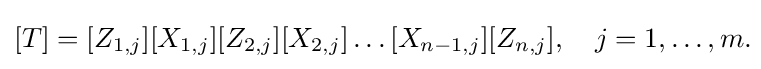
[T]=[Z_{1,j}][X_{1,j}][Z_{2,j}][X_{2,j}]\ldots [X_{n-1,j}][Z_{n,j}],\quad j=1,\ldots ,m.\!